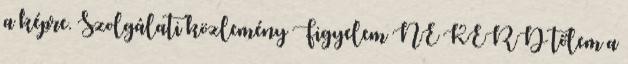
a képre. Szolgálati közlemény Figyelem NE KÉRD tőlem a